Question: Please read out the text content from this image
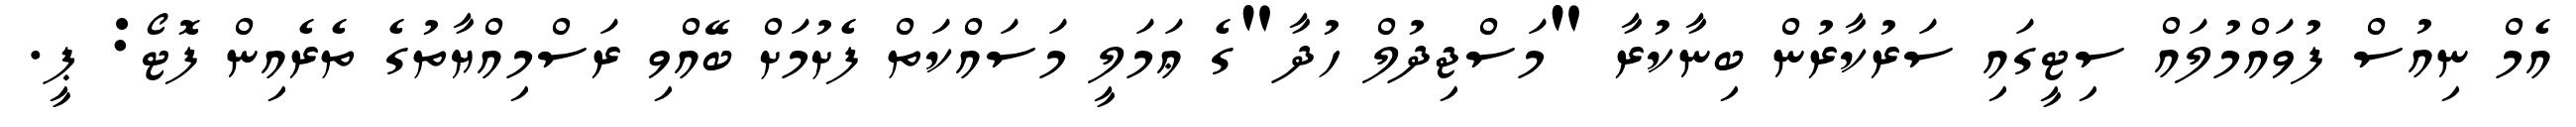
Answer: އެމް ނިއުސް ފުވައްމުލައް ސިޓީގައި ސަރުކާރުން ބިނާކުރާ "މަސްޖިދުލް ހުދާ"ގެ ޢަމަލީ މަސައްކަތް ފެށުމަށް ބޭއްވި ރަސްމިއްޔާތުގެ ތެރެއިން ފޮޓޯ: ޕީ.